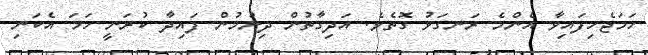
ހަމަޖެހިފައިވާ އެންމެ ރަނގަޅު ގޮތެވެ. އަދިގާތުން ދިނުމުން ފައިދާ ކުރަނީ ހަމަ އެކަނި